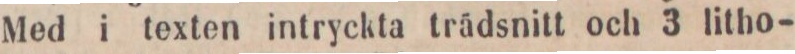
Med i texten intryckta trädsnitt och 3 litho-